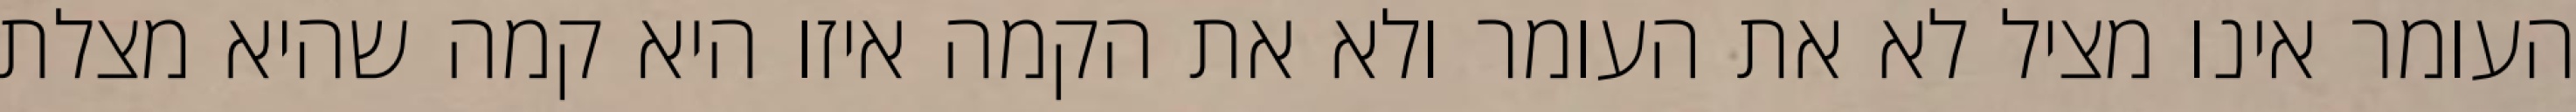
העומר אינו מציל לא את העומר ולא את הקמה איזו היא קמה שהיא מצלת